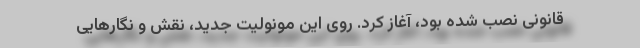
قانونی نصب شده بود، آغاز کرد. روی این مونولیت جدید، نقش و نگارهایی